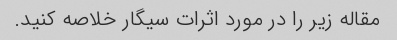
مقاله زیر را در مورد اثرات سیگار خلاصه کنید.